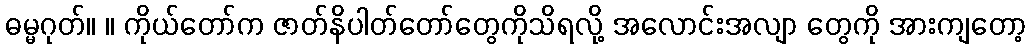
ဓမ္မဂုတ်။ ။ ကိုယ်တော်က ဇာတ်နိပါတ်တော်တွေကိုသိရလို့ အလောင်းအလျာ တွေကို အားကျတော့